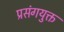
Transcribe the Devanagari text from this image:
प्रसंगयुक्त